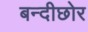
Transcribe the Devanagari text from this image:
बन्दीछोर